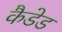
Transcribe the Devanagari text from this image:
कैडेड